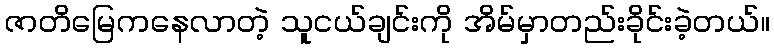
ဇာတိမြေကနေလာတဲ့ သူငယ်ချင်းကို အိမ်မှာတည်းခိုင်းခဲ့တယ်။